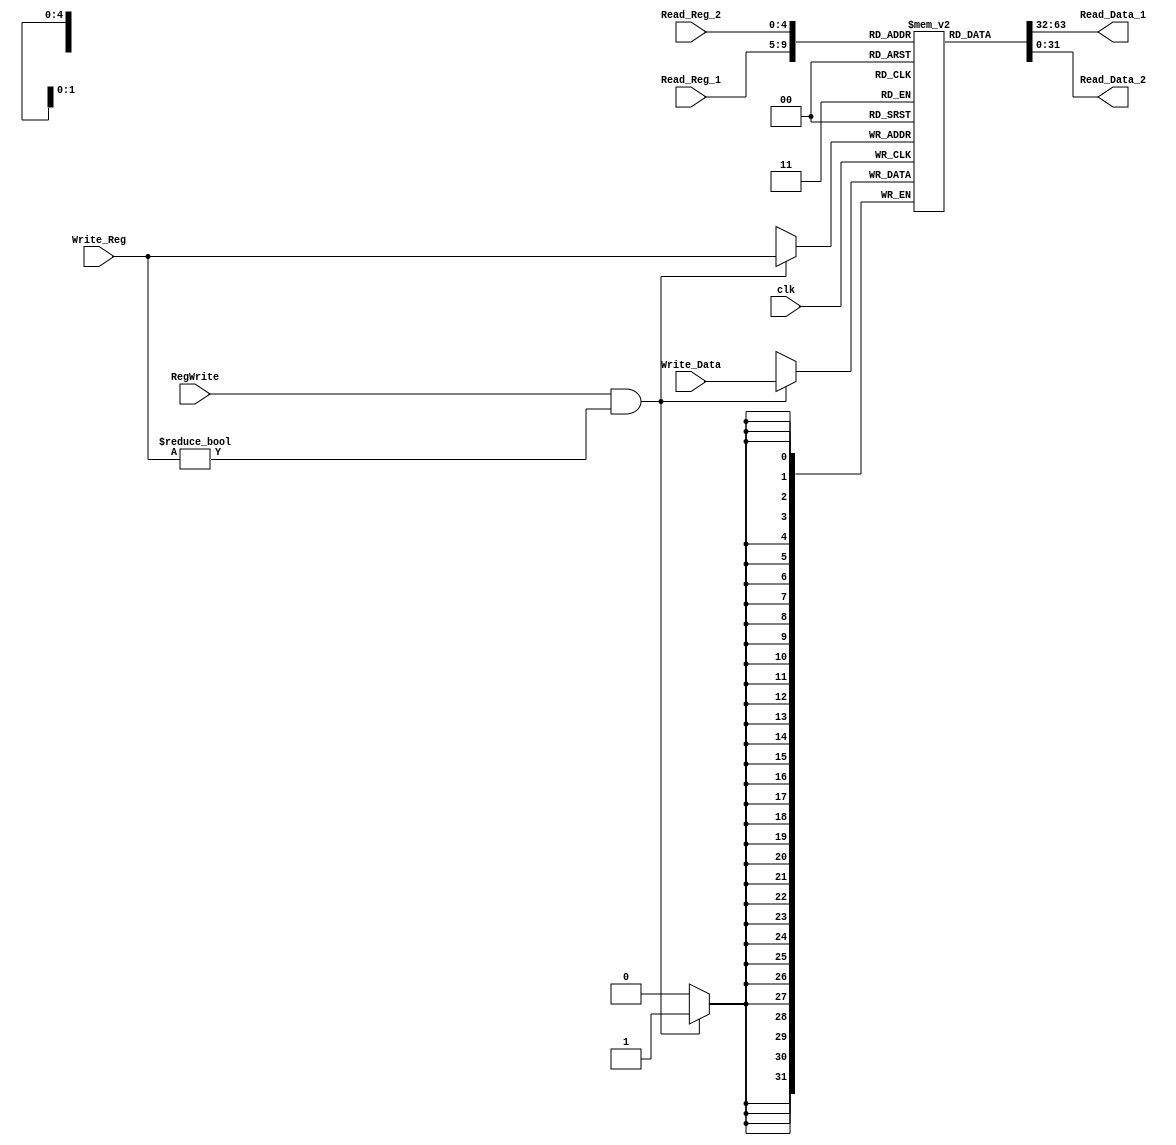
`timescale 1ns / 1ps

module RegisterFile
	(
	input clk,
	input RegWrite,
	input [4:0] Write_Reg, 
	input [31:0] Write_Data,
	
	input [4:0] Read_Reg_1,
	input [4:0] Read_Reg_2,
	
	output  [31:0] Read_Data_1,
	output  [31:0] Read_Data_2
	
    );
	 
	 reg [31:0] register_file [31:0];
	 integer index;
	 
	 initial begin
		for(index =0;index<32 ; index = index+1) begin
			register_file[index] = index;
		end
	 end
	 
	 
	 assign Read_Data_1 = register_file[Read_Reg_1];
	 assign Read_Data_2 = register_file[Read_Reg_2];
		
	 always @(posedge clk) begin
		if(RegWrite == 1 && Write_Reg != 0) begin
			register_file[Write_Reg] <= Write_Data;
			
		end
	 
	 end

	//always @(Read_Reg_1 , Read_Reg_2) begin 
		//Read_Data_1 = register_file[Read_Reg_1];
		//Read_Data_2 = register_file[Read_Reg_2];
	//end

endmodule